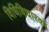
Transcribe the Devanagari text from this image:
विधिविचारकों